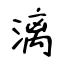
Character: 漓